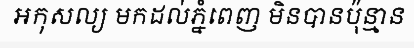
អកុសល្យ មកដល់ភ្នំពេញ មិនបានប៉ុន្មាន